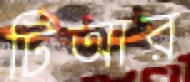
টিআর